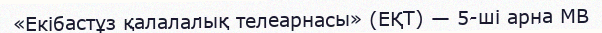
«Екiбастұз қалалалық телеарнасы» (ЕҚТ) — 5-шi арна МВ